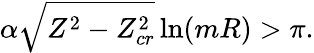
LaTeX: \alpha\sqrt{Z^{2}-Z_{cr}^{2}}\ln(mR)>\pi.